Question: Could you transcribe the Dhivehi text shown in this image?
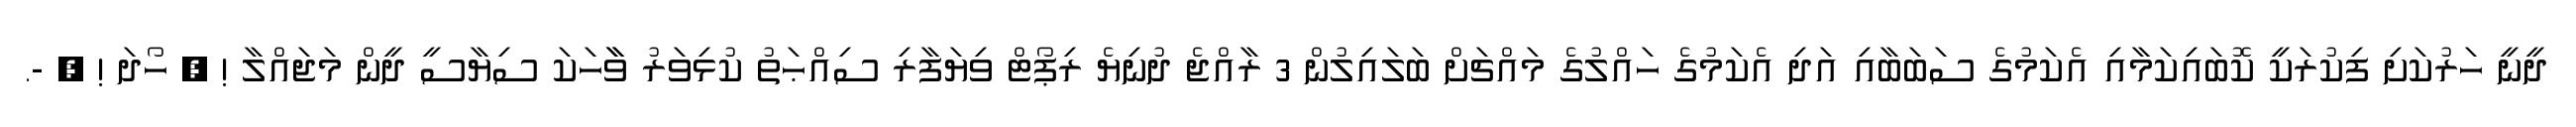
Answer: ދީނީ ހަރުކަށި ފިކުރަކީ ކޮބައިކަމާއި އެކަމުގެ ސަބަބާއި އަދި އެކަމުގެ ހައްލުގެ މައްޗަށް ބަލައިލުން 3 ރާއްޖެ ދުނިޔެ ރިޕޯޓް ވިޔަފާރި ސިއްޙަތު ކުޅިވަރު ވާާހަކަ ސިޔާސީ ދީން މަޖައްލާ ! ? ހޯދަ ! ? -.